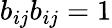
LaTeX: b_{ij}b_{ij}=1